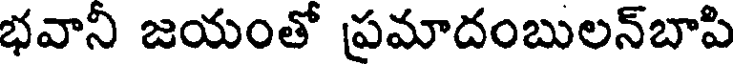
భవానీ జయంతో ప్రమాదంబులన్బాపి